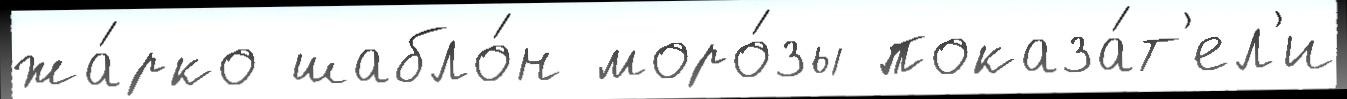
жа́рко шабло́н моро́зы показа́т'ел'и